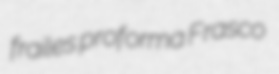
frailes proforma Frasco